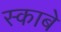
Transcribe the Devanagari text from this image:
स्काबे